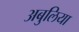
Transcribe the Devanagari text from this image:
अबुलिया